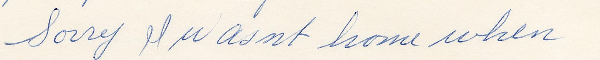
Sorry I wasnt home when